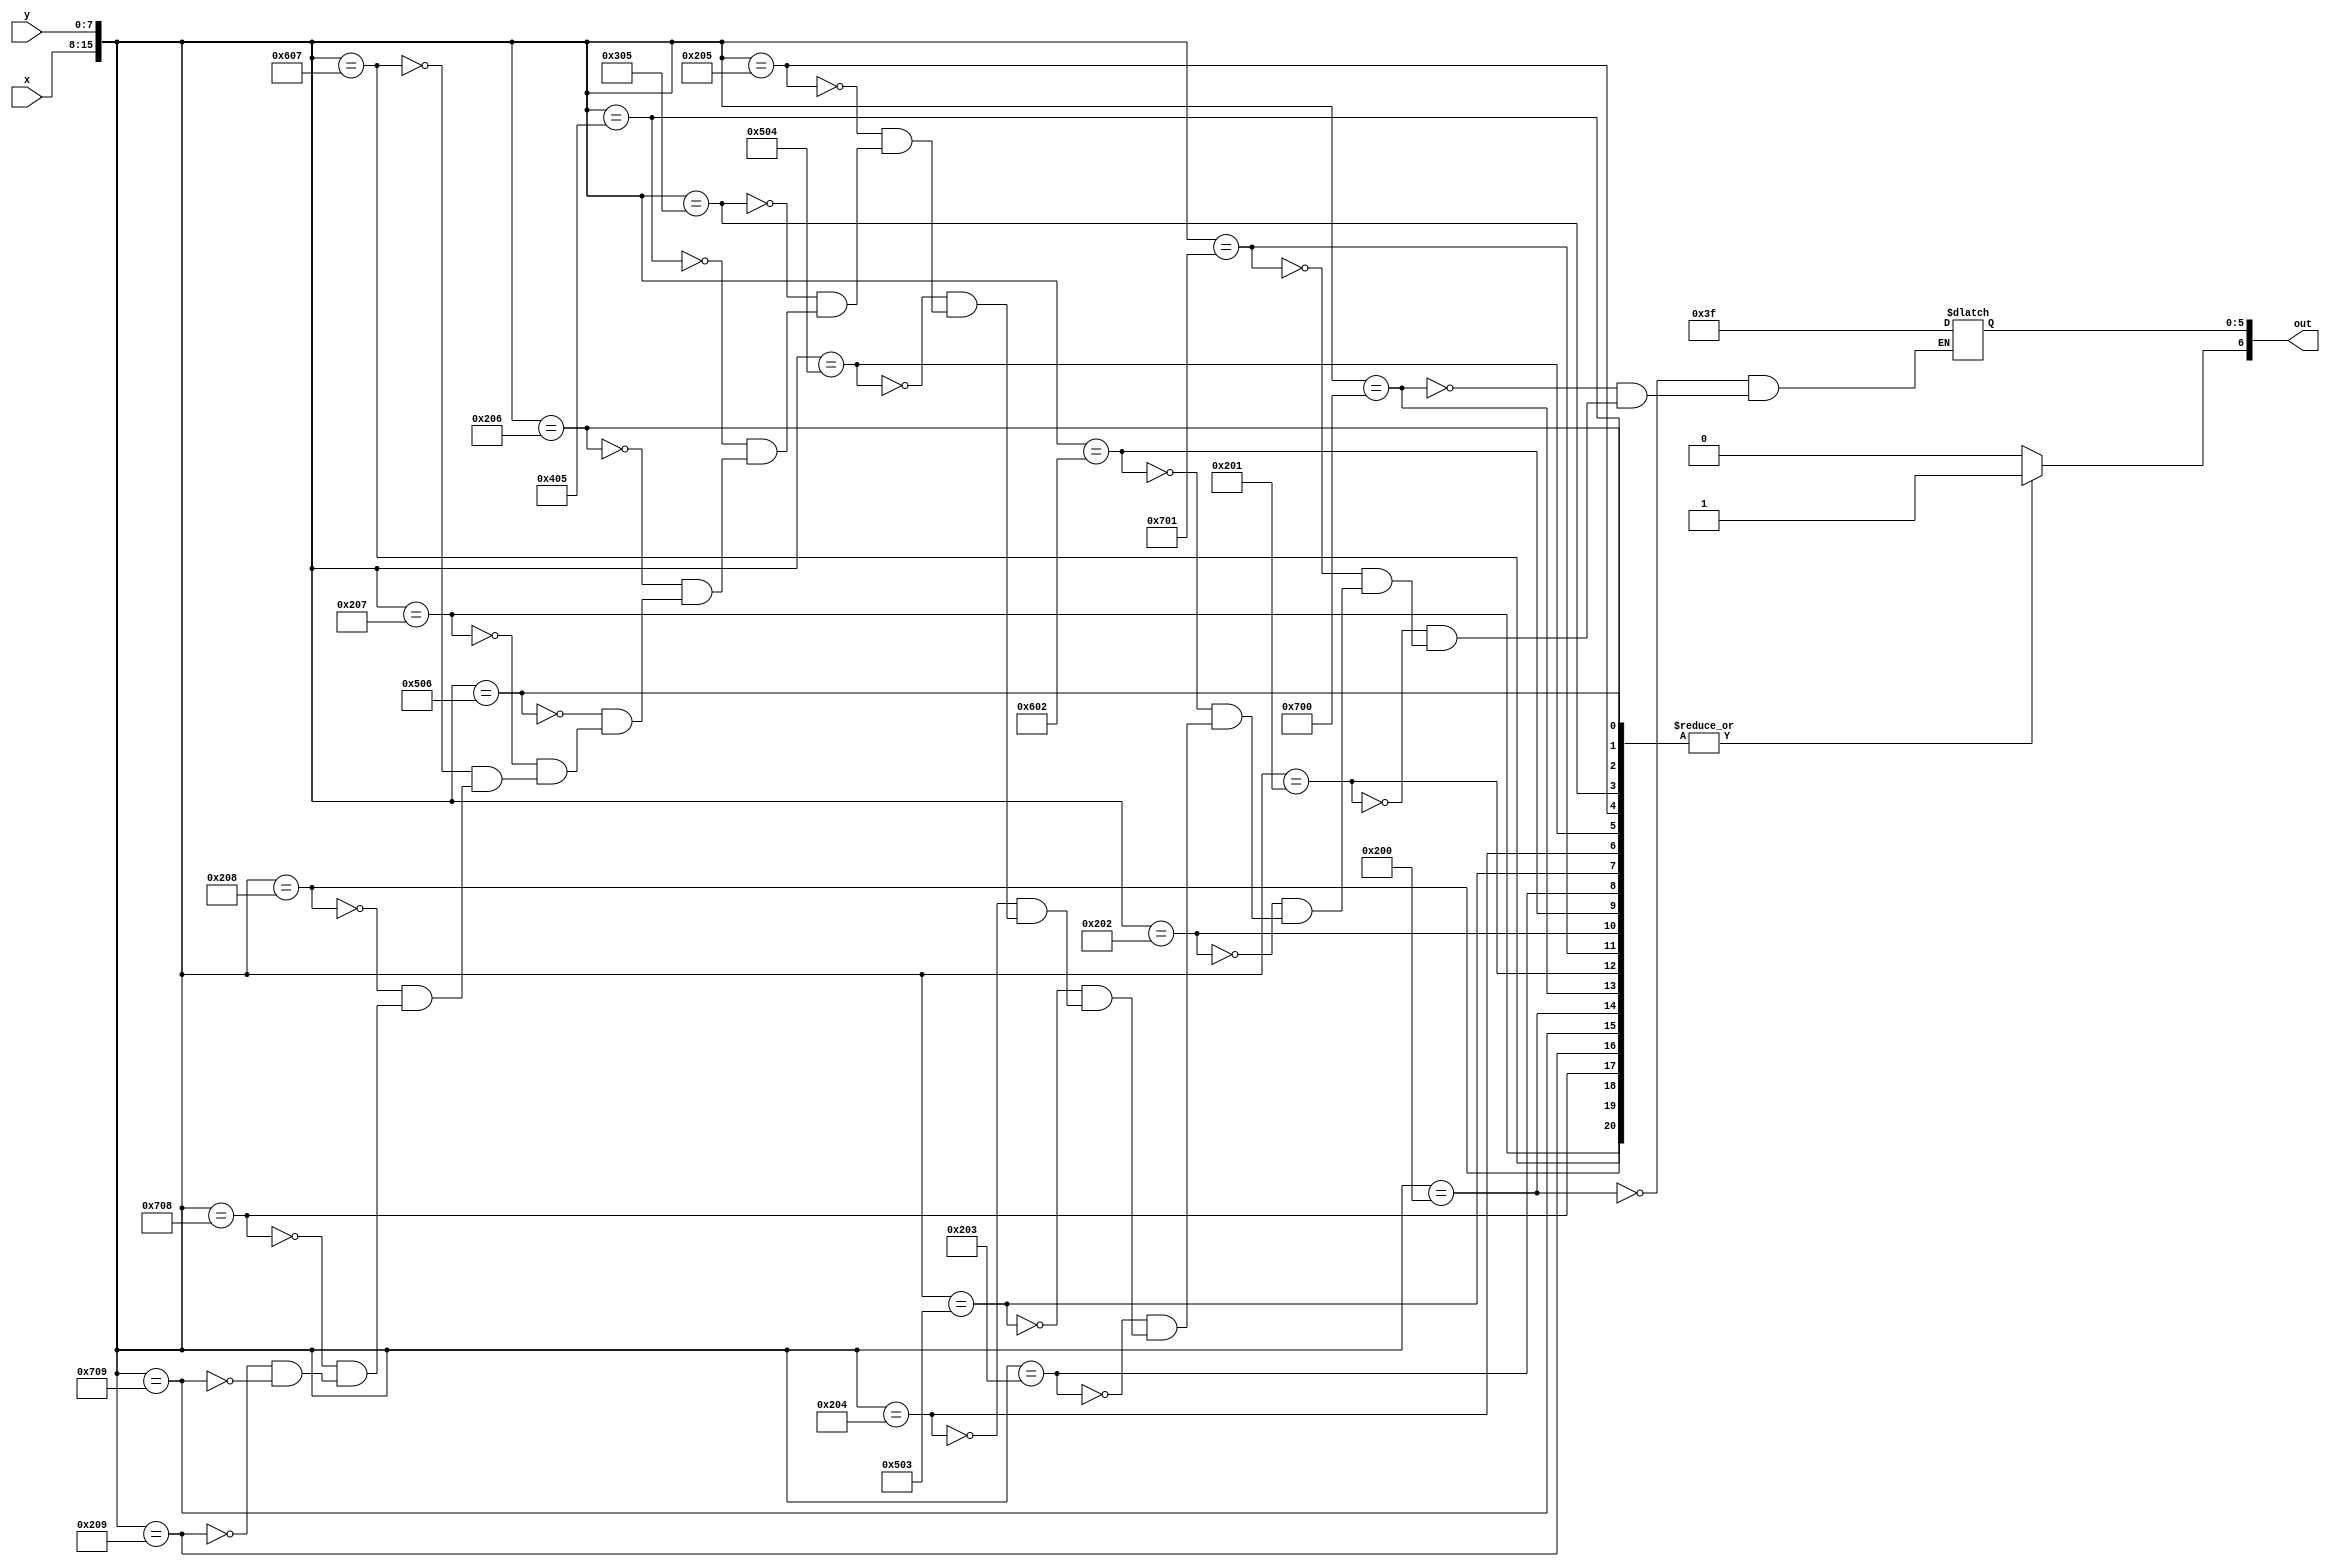
module char_k_lut(x, y, out);
	input [7:0] x;
	input [7:0] y;
	output reg [6:0] out;

	always@(*)
	begin
		out[6] <= 1'b1;
		case({x, y})
			16'h0200: out[5:0] <= 6'b111111;
			16'h0700: out[5:0] <= 6'b111111;
			
			16'h0201: out[5:0] <= 6'b111111;
			16'h0701: out[5:0] <= 6'b111111;

			16'h0202: out[5:0] <= 6'b111111;
			16'h0602: out[5:0] <= 6'b111111;
			
			16'h0203: out[5:0] <= 6'b111111;
			16'h0503: out[5:0] <= 6'b111111;

			16'h0204: out[5:0] <= 6'b111111;
			16'h0504: out[5:0] <= 6'b111111;
			
			16'h0205: out[5:0] <= 6'b111111;
			16'h0305: out[5:0] <= 6'b111111;
			16'h0405: out[5:0] <= 6'b111111;
			
			16'h0206: out[5:0] <= 6'b111111;
			16'h0506: out[5:0] <= 6'b111111;
			
			16'h0207: out[5:0] <= 6'b111111;
			16'h0607: out[5:0] <= 6'b111111;
			
			16'h0208: out[5:0] <= 6'b111111;
			16'h0708: out[5:0] <= 6'b111111;
			
			16'h0209: out[5:0] <= 6'b111111;
			16'h0709: out[5:0] <= 6'b111111;
			default: out[6] <= 1'b0;
		endcase
	end
endmodule
module char_k(x, y, flush_x, flush_y, colour, enable);
	input [7:0] x;
	input [7:0] y;
	input [7:0] flush_x;
	input [7:0] flush_y;
	
	output [5:0] colour;
	output enable;
	
	wire [6:0] lut_out;
	
	char_k_lut(flush_x - x, flush_y - y, lut_out);
	
	assign colour = lut_out[5:0];
	assign enable = lut_out[6];
endmodule